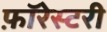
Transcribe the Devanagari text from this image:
फ़ॉरेस्टरी